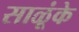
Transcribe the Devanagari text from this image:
साळूंके